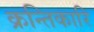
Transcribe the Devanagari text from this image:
क्रन्तिकारि